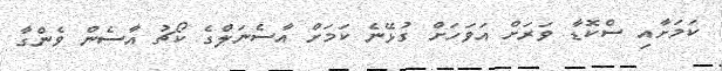
ކަމަށާއި ސްކޮޑާ ވަރަށް އަވަހަށް ގުޅޭނެ ކަމަށް އާސެނަލްގެ ކޯޗު އާސެން ވެންގާ